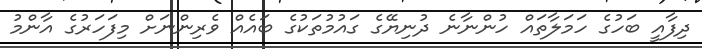
ދިފާއީ ބަހުގެ ހަމަލާތައް ހުންނާނެ ދުނިޔޭގެ ގައުމުތަކުގެ ބައެއް ވެރިންނަށް މިފަހަރުގެ އާންމު